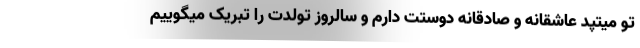
تو میتپد عاشقانه و صادقانه دوستت دارم و سالروز تولدت را تبریک میگوییم